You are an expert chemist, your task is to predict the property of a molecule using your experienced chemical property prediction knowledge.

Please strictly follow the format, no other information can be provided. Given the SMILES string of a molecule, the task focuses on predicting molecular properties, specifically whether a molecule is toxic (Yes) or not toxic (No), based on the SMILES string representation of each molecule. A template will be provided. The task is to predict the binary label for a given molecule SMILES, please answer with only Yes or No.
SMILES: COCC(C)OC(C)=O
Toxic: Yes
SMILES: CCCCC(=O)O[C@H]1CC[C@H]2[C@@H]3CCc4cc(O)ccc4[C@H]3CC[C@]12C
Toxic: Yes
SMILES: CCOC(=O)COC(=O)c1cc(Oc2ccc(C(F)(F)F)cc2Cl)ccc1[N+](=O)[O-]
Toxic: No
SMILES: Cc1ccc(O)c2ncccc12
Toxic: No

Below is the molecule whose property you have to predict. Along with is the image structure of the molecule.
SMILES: O=C(c1ccc(F)cc1)C1CCN(CCn2c(=O)[nH]c3ccccc3c2=O)CC1
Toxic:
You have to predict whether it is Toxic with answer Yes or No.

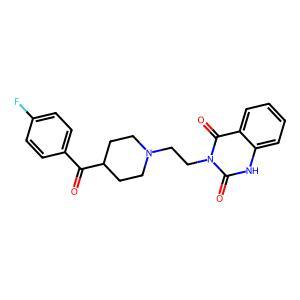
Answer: No